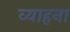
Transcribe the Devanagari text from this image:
व्याहना